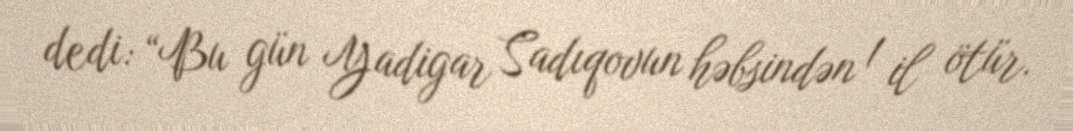
dedi: “Bu gün Yadigar Sadıqovun həbsindən 1 il ötür.